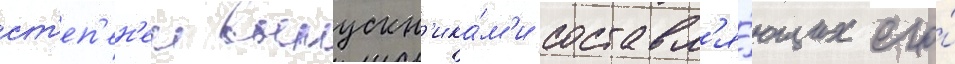
ст'еп'ен'еи выпускн'ика́м'и составл'я́ющих его́